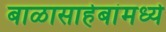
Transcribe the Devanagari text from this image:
बाळासाहेबांमध्ये